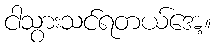
ငါသွားသင်ရတယ်အေ့။